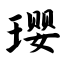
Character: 璎